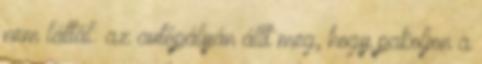
nem láttál: az autópályán állt meg, hogy pakoljon a